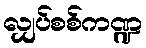
လျှပ်စစ်ကဏ္ဍ